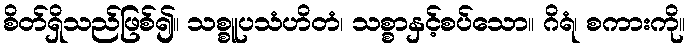
စိတ်ရှိသည်ဖြစ်၍။ သစ္စူပသံဟိတံ၊ သစ္စာနှင့်စပ်သော။ ဂိရံ၊ စကားကို။